画像に写った文字を読んでください
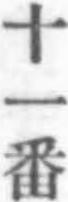
「十一番」と書いてあります